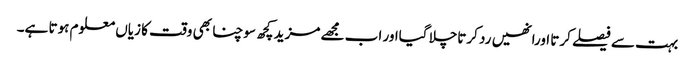
بہت سے فیصلے کرتا اورانھیں رد کرتاچلا گیااور اب مجھے مزید کچھ سوچنا بھی وقت کا زیاں معلوم ہوتا ہے۔